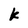
Character: k